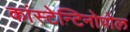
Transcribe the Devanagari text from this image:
कांस्टेन्टिनोपोल